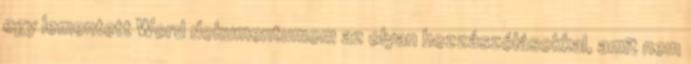
egy lementett Word dokumentumom az olyan hozzászólásokkal, amit nem